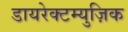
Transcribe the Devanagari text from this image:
डायरेक्टम्युज़िक